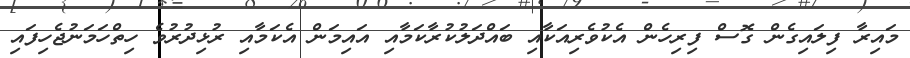
މައިރާ ފިލައިގެން ގޮސް ފިރިހެން އެކުވެރިއަކާއި ބައްދަލުކުރާކަމާއި އައިމަން އެކަމާއި ރުޅިދުރުވެ ހިތްހަމަނުޖެހިފައި